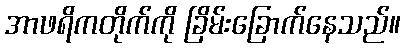
အာဖရိကတိုက်ကို ခြိမ်းခြောက်နေသည်။